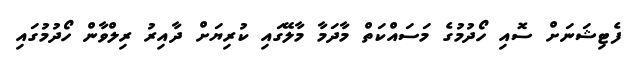
ފެޓިޝަނަށް ސޮއި ހޯދުމުގެ މަސައްކަތް މާދަމާ މާލޭގައި ކުރިޔަށް ދާއިރު ރިލްވާން ހޯދުމުގައި